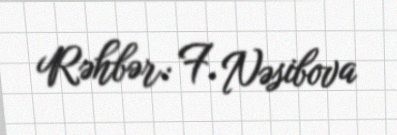
Rəhbər: F. Nəsibova